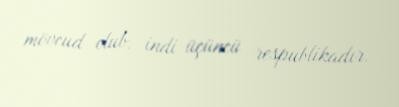
mövcud olub, indi üçüncü respublikadır.